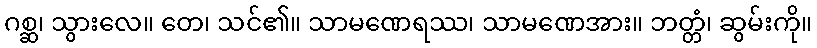
ဂစ္ဆ၊ သွားလေ။ တေ၊ သင်၏။ သာမဏေရဿ၊ သာမဏေအား။ ဘတ္တံ၊ ဆွမ်းကို။